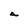
Character: 4